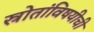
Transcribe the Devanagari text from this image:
स्रोतांविषयीची